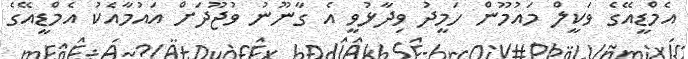
އެމްޑީއޭގެ ވަކީލް މައުމޫން ހަމީދު ވިދާޅުވީ އެ ގާނޫނު ވުޖޫދަށް އައުމާއެކު އެމްޑީއޭގެ